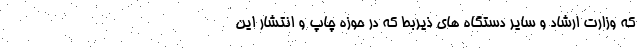
که وزارت ارشاد و سایر دستگاه های ذیربط که در حوزه چاپ و انتشار این